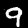
Label: 9